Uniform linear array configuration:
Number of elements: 48
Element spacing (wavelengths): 1
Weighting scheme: blackman
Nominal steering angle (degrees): -60
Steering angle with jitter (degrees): -60.325
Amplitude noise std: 0.05
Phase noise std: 0.05

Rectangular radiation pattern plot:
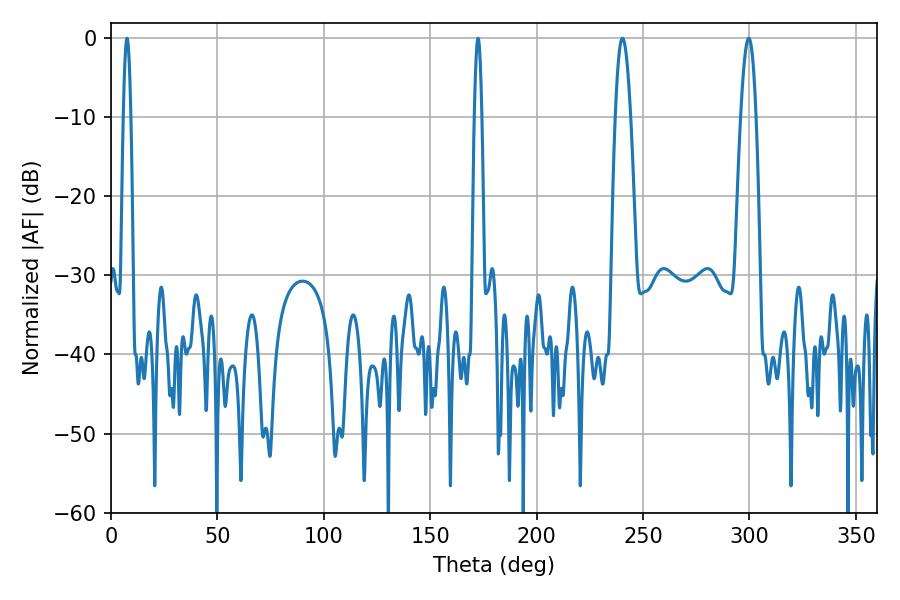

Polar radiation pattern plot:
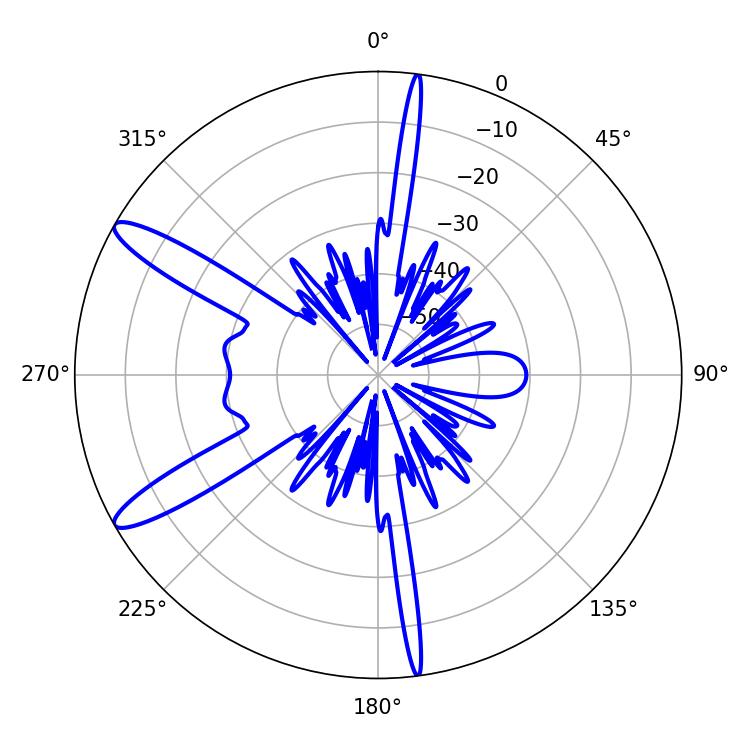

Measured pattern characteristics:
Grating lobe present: TRUE
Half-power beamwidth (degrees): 3.78
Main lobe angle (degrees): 240.3